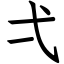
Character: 弌